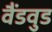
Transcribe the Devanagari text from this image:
वैंडवुड